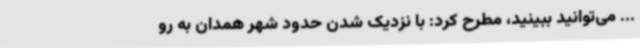
... می‌توانید ببینید، مطرح کرد: با نزدیک شدن حدود شهر همدان به رو